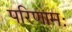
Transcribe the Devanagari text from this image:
परिणामः